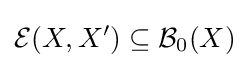
{\mathcal {E}}(X,X')\subseteq {\mathcal {B}}_{0}(X)